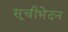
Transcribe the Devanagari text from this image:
सूचीभेदन